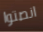
انصتوا